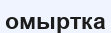
омыртка